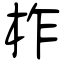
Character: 柞